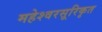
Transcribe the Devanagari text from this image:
महेश्वरसूरिकृत